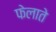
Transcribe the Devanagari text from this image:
फेलाते